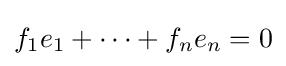
f_{1}e_{1}+\dots +f_{n}e_{n}=0